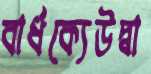
বার্ধক্যেউদ্বা